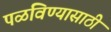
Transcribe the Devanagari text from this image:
पळविण्यासाठी